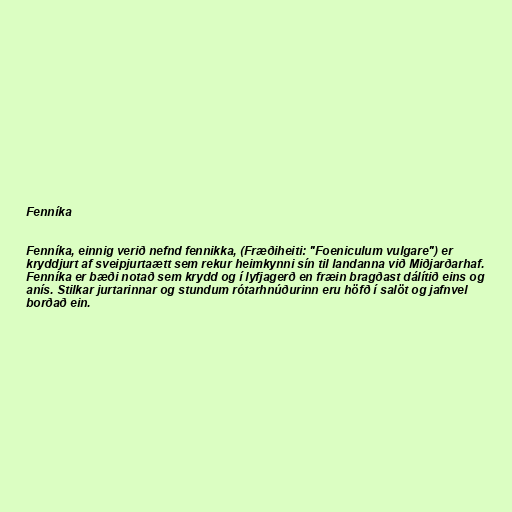
Fenníka

Fenníka, einnig verið nefnd fennikka, (Fræðiheiti: "Foeniculum vulgare") er
kryddjurt af sveipjurtaætt sem rekur heimkynni sín til landanna við Miðjarðarhaf.
Fenníka er bæði notað sem krydd og í lyfjagerð en fræin bragðast dálítið eins og
anís. Stilkar jurtarinnar og stundum rótarhnúðurinn eru höfð í salöt og jafnvel
borðað ein.